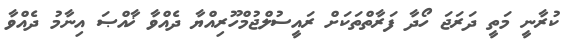
ކުރާނީ މަތީ ދަރަޖަ ހޯދާ ފަރާތްތަކަށް ރައީސުލްޖުމްހޫރިއްޔާ ދެއްވާ ޚާއްޞަ އިނާމު ދެއްވާ